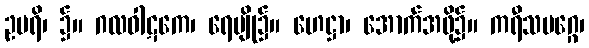
ဥပရိ၊ ၌။ ဂလဝါဋကေ၊ ရေမျို၌။ ဟေဋ္ဌာ၊ အောက်အဖို့၌။ ကရီသမဂ္ဂေ၊